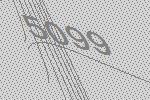
5099